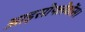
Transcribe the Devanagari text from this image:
आइसोफ्लेवोंस।